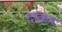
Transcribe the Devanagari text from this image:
दाकम